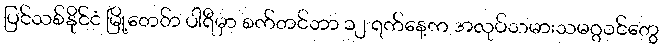
ပြင်သစ်နိုင်ငံ မြို့တေ်ာ ပါရီမှာ စက်တင်ဘာ ၁၂ ရက်နေ့က အလုပ်သမားသမဂ္ဂဝင်တွေ